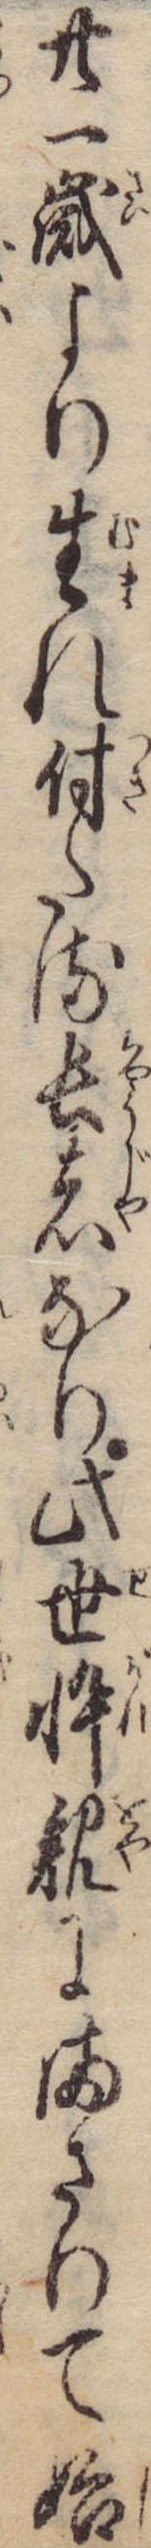
廿一歳より生れ付たる長者なり此世忰親にまさりて始